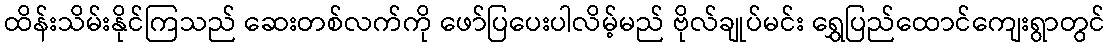
ထိန်းသိမ်းနိုင်ကြသည် ဆေးတစ်လက်ကို ဖော်ပြပေးပါလိမ့်မည် ဗိုလ်ချုပ်မင်း ရွှေပြည်ထောင်ကျေးရွာတွင်